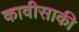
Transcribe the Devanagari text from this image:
कावीसाकी